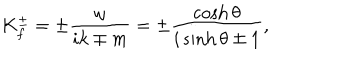
LaTeX: K _ { f } ^ { \pm } = \pm \frac { \omega } { i k \mp m } = \pm \frac { \cosh \theta } { i \sinh \theta \mp 1 } ,